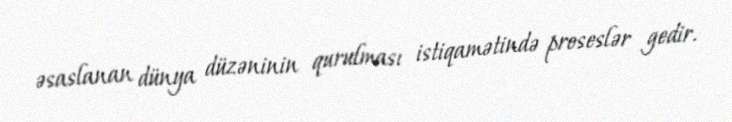
əsaslanan dünya düzəninin qurulması istiqamətində proseslər gedir.